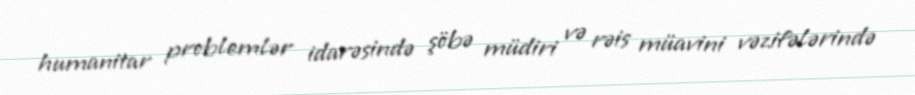
humanitar problemlər idarəsində şöbə müdiri və rəis müavini vəzifələrində